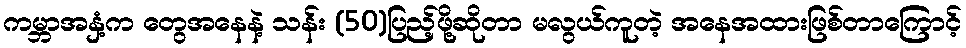
ကမ္ဘာအနှံ့က တွေအနေနဲ့ သန်း (50)ပြည့်ဖို့ဆိုတာ မလွယ်ကူတဲ့ အနေအထားဖြစ်တာကြောင့်